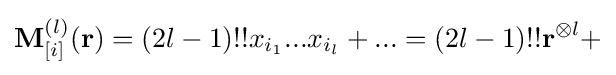
\mathbf {M} _{[i]}^{(l)}(\mathbf {r} )=(2l-1)!!x_{i_{1}}...x_{i_{l}}+...=(2l-1)!!\mathbf {r} ^{\otimes l}+